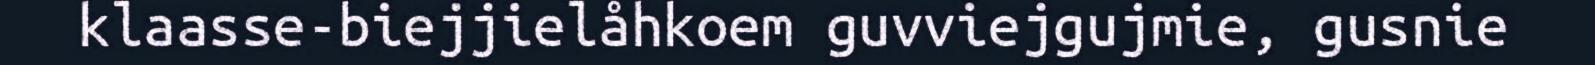
klaasse-biejjielåhkoem guvviejgujmie, gusnie